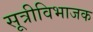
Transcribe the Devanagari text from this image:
सूत्रीविभाजक